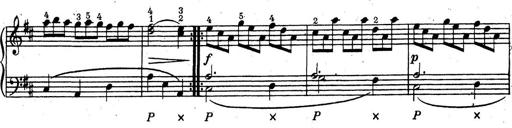
Title: ÄŒeskÃ© Sonatiny
Composer: Various